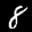
Label: 8